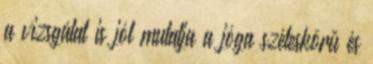
a vizsgálat is jól mutatja a jóga széleskörű és